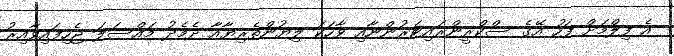
އެ ފިލްމަށް ފަހު އޭގެ ސްކްރީންރައިޓަރުންނާއި ވާހަކަ ލިޔުންތެރިޔާއާ ދެމެދު މައްސަލަ ޖެހިފައިވާއިރު